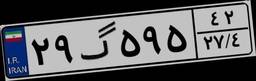
۲۹گ۵۹۵۴۲